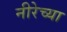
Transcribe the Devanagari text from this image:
नीरेच्या